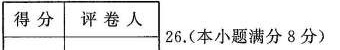
得分 评卷人 26.(本小题满分8分)